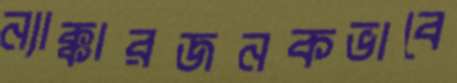
ন্যাক্কারজনকভাবে